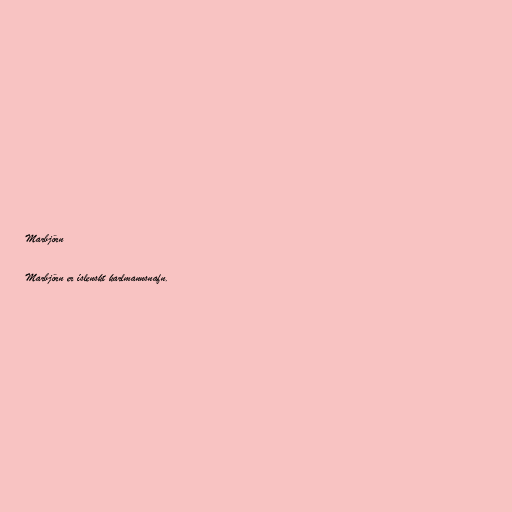
Marbjörn

Marbjörn er íslenskt karlmannsnafn.